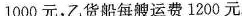
1000元，乙货船每艘运费1200元。